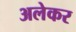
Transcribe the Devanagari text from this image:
अलेकर